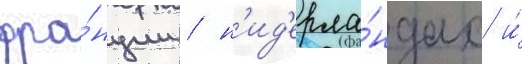
фра́нции / н'ид'ерла́ндах и́